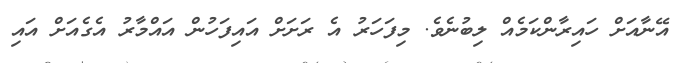
އޭނާއަށް ހައިރާންކަމެއް ލިބުނެވެ. މިފަހަރު އެ ރަށަށް އައިފަހުން އައްމާރު އެގެއަށް އައި